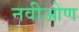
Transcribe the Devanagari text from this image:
नवीओण